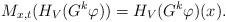
LaTeX: \begin{align*}M_{x,t}(H_V(G^k\varphi))=H_V(G^k\varphi)(x).\end{align*}